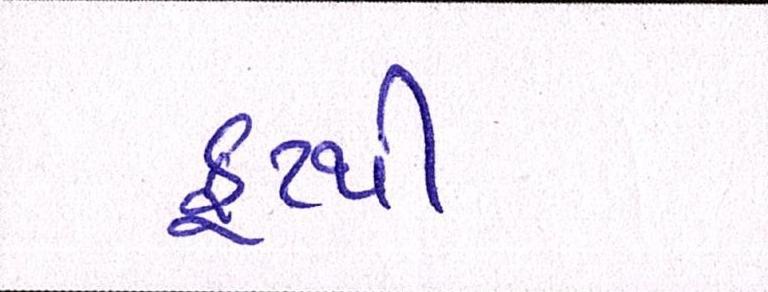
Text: ફૂટથી